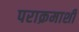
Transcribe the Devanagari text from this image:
पराक्रमाशी